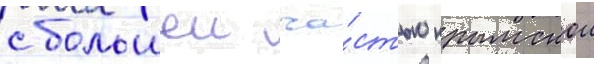
с большеи ча́стью крымскои